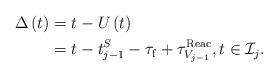
LaTeX: \begin{align*}\begin{aligned}\Delta\left(t\right)&=t-U\left(t\right)\\&=t-t^S_{j-1}-\tau_{\rm f}+\tau^{\rm Reac}_{V_{j-1}}, t \in \mathcal{I}_j .\end{aligned}\end{align*}